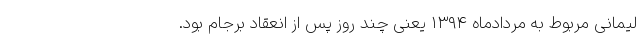
لیمانی مربوط به مردادماه ۱۳۹۴ یعنی چند روز پس از انعقاد برجام بود.